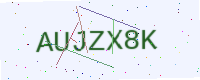
Text: AUJZX8K